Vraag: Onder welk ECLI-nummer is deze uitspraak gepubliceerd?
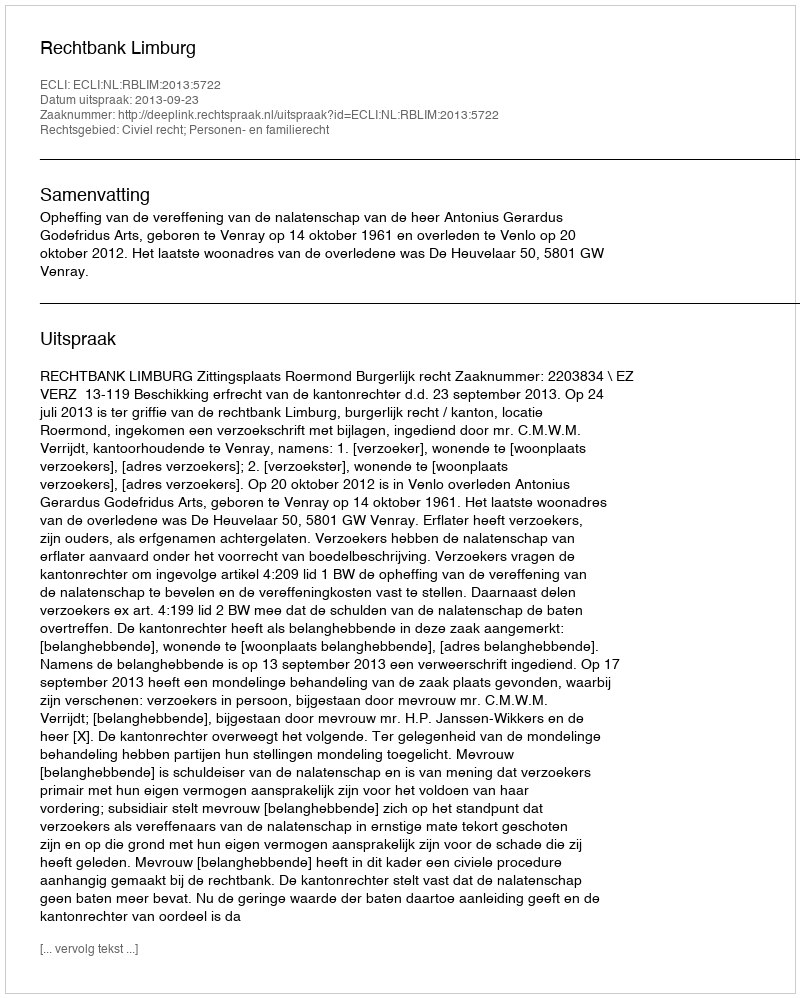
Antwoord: ECLI:NL:RBLIM:2013:5722